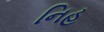
નિહ